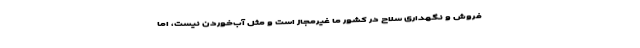
فروش و نگهداری سلاح در کشور ما غیرمجاز است و مثل آب‌خوردن نیست، اما